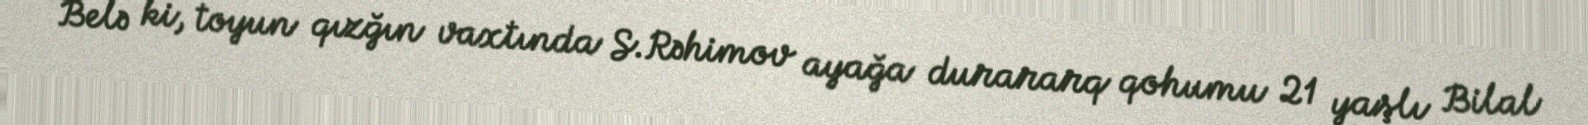
Belə ki, toyun qızğın vaxtında S.Rəhimov ayağa durararq qohumu 21 yaşlı Bilal